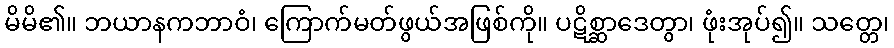
မိမိ၏။ ဘယာနကဘာဝံ၊ ကြောက်မတ်ဖွယ်အဖြစ်ကို။ ပဋိစ္ဆာဒေတွာ၊ ဖုံးအုပ်၍။ သတ္တေ၊